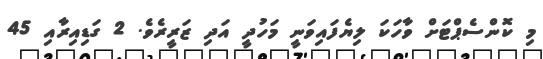
މި ކޮންސެޕްޓަށް ވާހަކަ ލިޔެފައިވަނީ މަހުދީ އަދި ޒަރީރެވެ. 2 ގަޑިއިރާއި 45